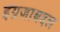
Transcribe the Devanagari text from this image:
इंग्रजाबद्दल